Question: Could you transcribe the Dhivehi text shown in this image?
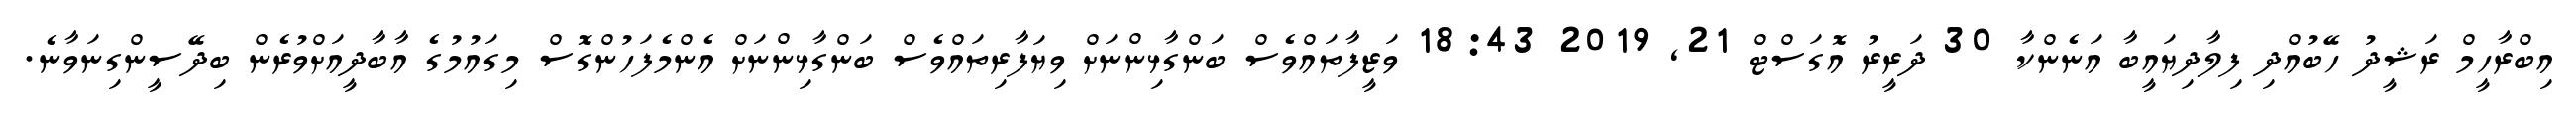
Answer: އިބްރާހީމް ރަޝީދު ހޭބުއްދި ފިލާދިޔައީބާ އަނެންކާ 30 ދަރީރު އޮގަސްޓް 21, 2019 18:43 ވަޒީފާތައްވެސް ބަންގާޅިންނަށް ވިޔަފާރިތައްވެސް ބަންގާޅިންނަށް އެންމެފަހުންގޮސް މިގައުމުގެ އާބާދީއަށްވުރެން ބިދޭސީންގިނަވާނެ.